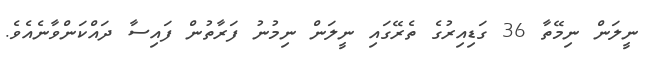
ނީލަން ނިމޭތާ 36 ގަޑިއިރުގެ ތެރޭގައި ނީލަން ނިމުނު ފަރާތުން ފައިސާ ދައްކަންވާނެއެވެ.